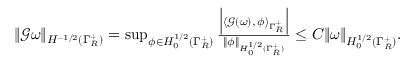
\begin{array} { r } { \| \mathscr G \omega \| _ { H ^ { - 1 / 2 } ( \Gamma _ { R } ^ { + } ) } = \operatorname* { s u p } _ { \phi \in H _ { 0 } ^ { 1 / 2 } ( \Gamma _ { R } ^ { + } ) } \frac { \Big | \langle \mathscr { G } ( \omega ) , \, \phi \rangle _ { \Gamma _ { R } ^ { + } } \Big | } { \| \phi \| _ { H _ { 0 } ^ { 1 / 2 } ( \Gamma _ { R } ^ { + } ) } } \leq C \| \omega \| _ { H _ { 0 } ^ { 1 / 2 } ( \Gamma _ { R } ^ { + } ) } . } \end{array}